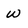
Character: w